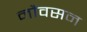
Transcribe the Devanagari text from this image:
नौवसन